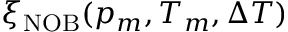
\xi _ { \mathrm { N O B } } ( p _ { m } , T _ { m } , \Delta T )